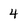
Character: 4